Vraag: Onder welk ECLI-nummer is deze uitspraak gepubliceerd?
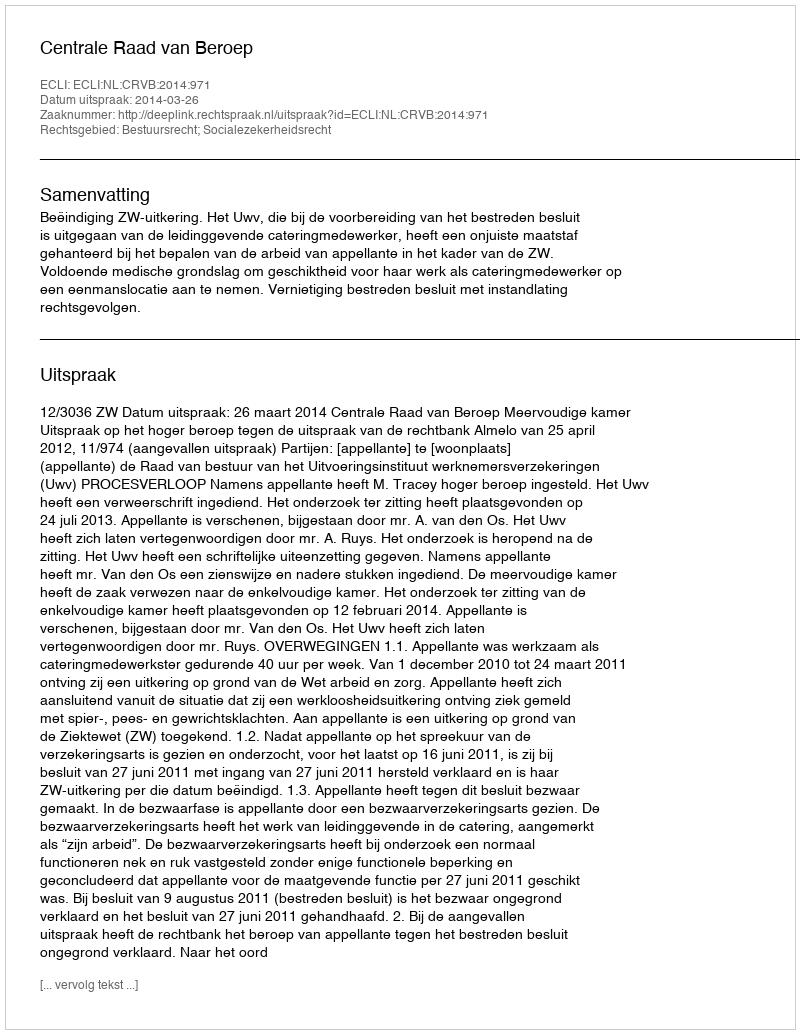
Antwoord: ECLI:NL:CRVB:2014:971